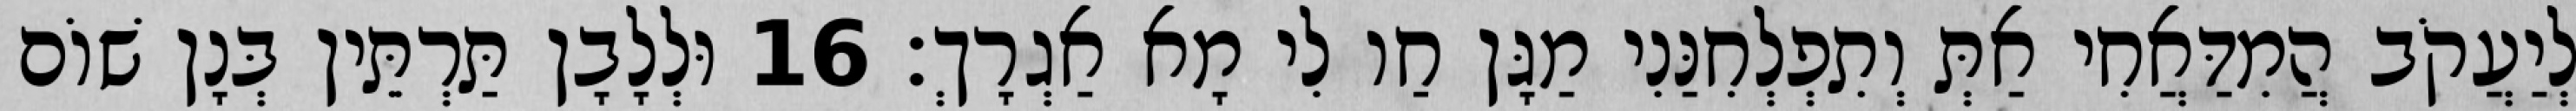
לְיַעֲקֹב הֲמִדַּאֲחִי אַתְּ וְתִפְלְחִנַּנִי מַגָּן חַו לִי מָא אַגְרָךְ׃ 16 וּלְלָבָן תַּרְתֵּין בְּנָן שׁוֹם